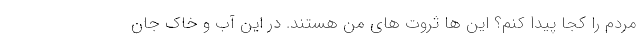
مردم را کجا پیدا کنم؟ این ها ثروت های من هستند. در این آب و خاک جان